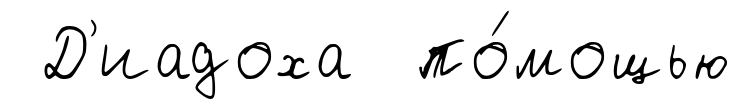
Д'иадоха по́мощью